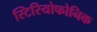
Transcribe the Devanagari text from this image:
स्टिरियोफोनिक